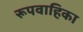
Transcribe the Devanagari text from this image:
रूपवाहिका